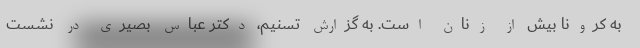
به کرونا بیش از زنان است. به گزارش تسنیم، دکتر عباس بصیری در نشست